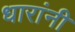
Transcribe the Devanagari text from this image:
धारांनी